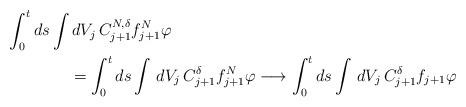
LaTeX: \begin{align*} \int_0^t ds \int& \,dV_j\,C_{j+1}^{N,\delta}f_{j+1} ^N\varphi \\&=\int_0^t ds \int \,dV_j\,C_{j+1}^\delta f_{j+1}^N\varphi \longrightarrow \int_0^t ds \int \,dV_j\,C_{j+1}^\delta f_{j+1}\varphi \end{align*}